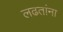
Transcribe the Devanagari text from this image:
लढतांना